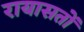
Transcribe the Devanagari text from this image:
रायासतों